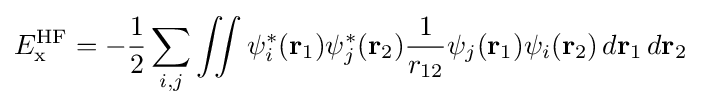
E_{\text{x}}^{\text{HF}}=-{\frac {1}{2}}\sum _{i,j}\iint \psi _{i}^{*}(\mathbf {r} _{1})\psi _{j}^{*}(\mathbf {r} _{2}){\frac {1}{r_{12}}}\psi _{j}(\mathbf {r} _{1})\psi _{i}(\mathbf {r} _{2})\,d\mathbf {r} _{1}\,d\mathbf {r} _{2}